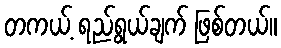
တကယ့် ရည်ရွယ်ချက် ဖြစ်တယ်။